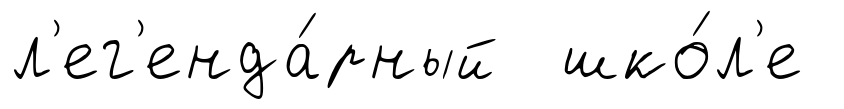
л'ег'енда́рный шко́л'е